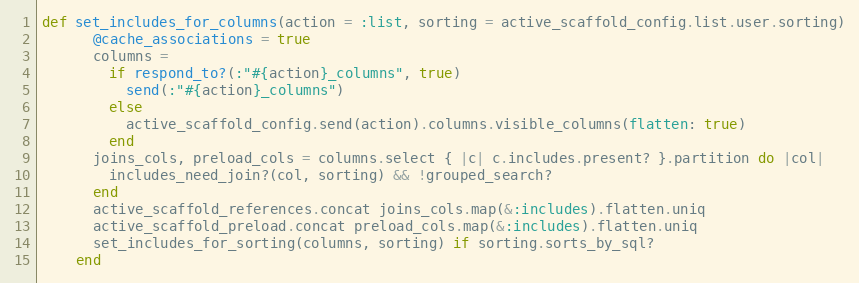
Language: Ruby
def set_includes_for_columns(action = :list, sorting = active_scaffold_config.list.user.sorting)
      @cache_associations = true
      columns =
        if respond_to?(:"#{action}_columns", true)
          send(:"#{action}_columns")
        else
          active_scaffold_config.send(action).columns.visible_columns(flatten: true)
        end
      joins_cols, preload_cols = columns.select { |c| c.includes.present? }.partition do |col|
        includes_need_join?(col, sorting) && !grouped_search?
      end
      active_scaffold_references.concat joins_cols.map(&:includes).flatten.uniq
      active_scaffold_preload.concat preload_cols.map(&:includes).flatten.uniq
      set_includes_for_sorting(columns, sorting) if sorting.sorts_by_sql?
    end